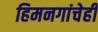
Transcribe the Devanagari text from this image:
हिमनगांचेही